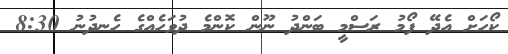
ކޯހަށް އެދޭ ފޯމު ރަސްމީ ބަންދު ނޫން ކޮންމެ ދުވަހެއްގެ ހެނދުނު 8:30